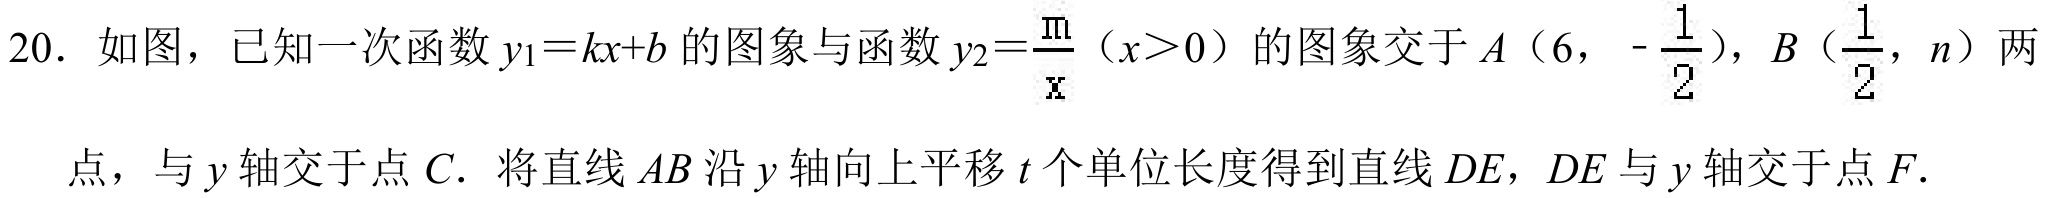
20. 如图，已知一次函数\(y_{1}=kx + b\)的图象与函数\(y_{2}=\frac{m}{x}（x>0）\)的图象交于\(A（6，-\frac{1}{2}）\)，\(B（\frac{1}{2}，n）\)两点，与\(y\)轴交于点\(C\). 将直线\(AB\)沿\(y\)轴向上平移\(t\)个单位长度得到直线\(DE\)，\(DE\)与\(y\)轴交于点\(F\).